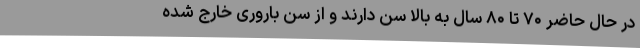
در حال حاضر ۷۰ تا ۸۰ سال به بالا سن دارند و از سن باروری خارج شده